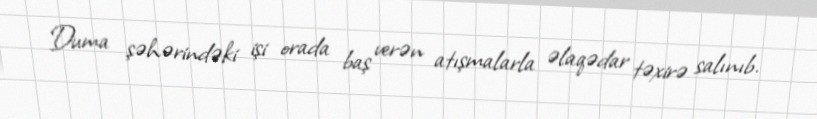
Duma şəhərindəki işi orada baş verən atışmalarla əlaqədar təxirə salınıb.